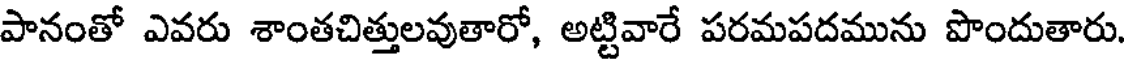
పానంతో ఎవరు శాంతచిత్తులవుతారో, అట్టివారే పరమపదమును పొందుతారు